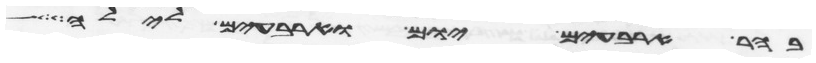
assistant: בהר ארבעים יום וארבעים לילה